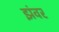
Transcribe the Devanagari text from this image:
झंवर